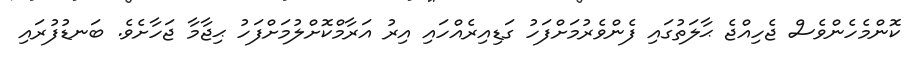
ކޮންމެހެންވެސް ޖެހިއްޖެ ޙާލަތުގައި ފެންވެރުމަށްފަހު ގަޑިއިރެއްހައި އިރު އަރާމްކޮށްލުމަށްފަހު ޙިޖާމާ ޖަހާށެވެ. ބަނޑުފުރައި